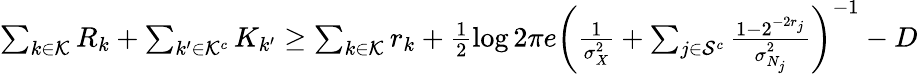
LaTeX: \begin{array}{r}{\sum_{k\in\mathcal{K}}R_{k}+\sum_{{k^{\prime}}\in\mathcal{K}^{c}}K_{k^{\prime}}\ge\sum_{k\in\mathcal{K}}r_{k}+\frac{1}{2}\log 2\pi e\left(\frac{1}{\sigma_{X}^{2}}+\sum_{j\in\mathcal{S}^{c}}\frac{1-2^{-2r_{j}}}{\sigma_{N_{j}}^{2}}\right)^{-1}-D}\end{array}